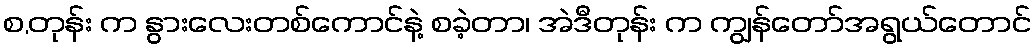
စ,တုန်း က နွားလေးတစ်ကောင်နဲ့ စခဲ့တာ၊ အဲဒီတုန်း က ကျွန်တော်အရွယ်တောင်